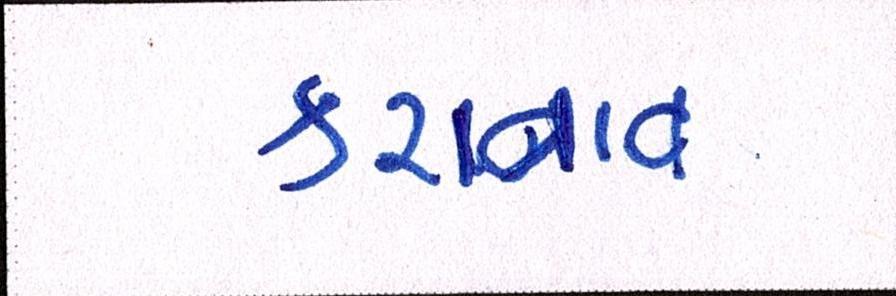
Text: કરાવાવ